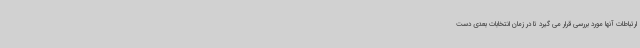
ارتباطات آنها مورد بررسی قرار می گیرد تا در زمان انتخابات بعدی دست